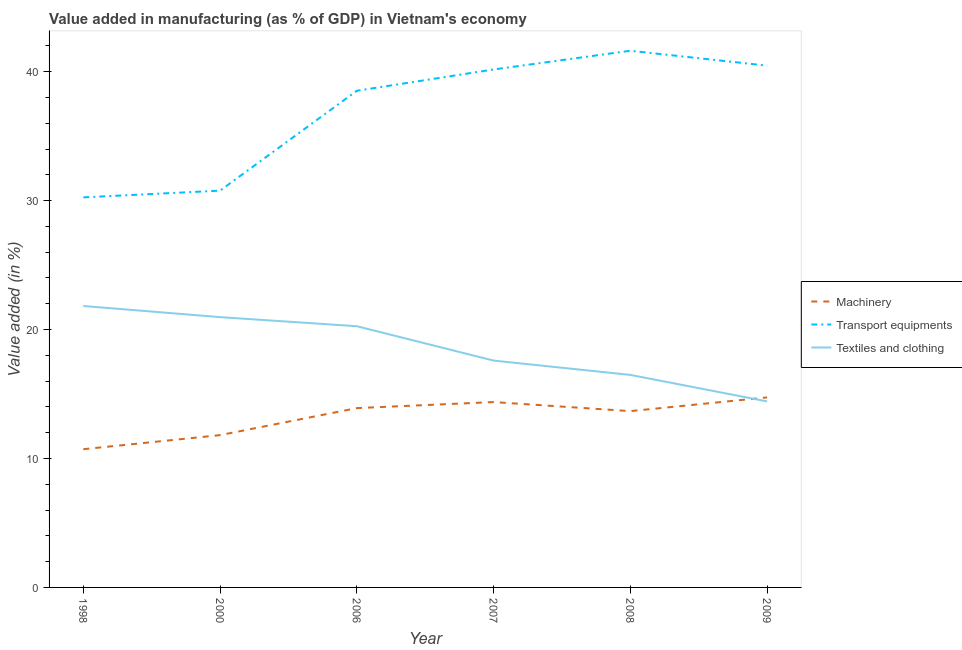
| Year | Machinery | Transport equipments | Textiles and clothing |
 | --- | --- | --- | --- |
 | 1998 | 10.7 | 30.3 | 21.8 |
 | 2000 | 11.8 | 30.8 | 21 |
 | 2006 | 13.9 | 38.5 | 20.3 |
 | 2007 | 14.4 | 40.2 | 17.6 |
 | 2008 | 13.7 | 41.6 | 16.5 |
 | 2009 | 14.7 | 40.5 | 14.4 |